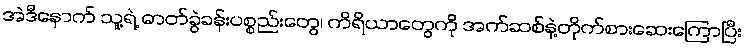
အဲဒီနောက် သူ့ရဲ့ ဓာတ်ခွဲခန်းပစ္စည်းတွေ၊ ကိရိယာတွေကို အက်ဆစ်နဲ့တိုက်စားဆေးကြောပြီး